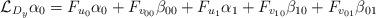
LaTeX: \begin{align*}\mathcal L_{D_y}\alpha_0=F_{u_0}\alpha_0+F_{v_{00}}\beta_{00}+F_{u_1}\alpha_1+F_{v_{10}}\beta_{10}+F_{v_{01}}\beta_{01}\end{align*}